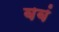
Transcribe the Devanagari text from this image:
बबं